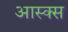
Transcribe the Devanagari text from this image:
आस्क्स